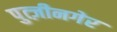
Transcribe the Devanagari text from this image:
पुत्ज़ीनगेर